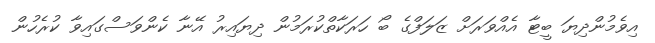
އިވެމުންދިޔަ ބީޓާ އެއްވަރަށް ޒަލަފްގެ ބޯ ހަރަކާތްކުރަމުން ދިޔައިރު އޭނާ ކެންވަސްގައިވާ ކުރެހުން